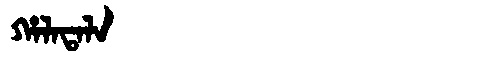
Manchu: ᡥᠠᠯᠠᡨᠠᠯᠠ
Romanization: HALATALA